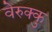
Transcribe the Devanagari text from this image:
वेरुक्कु